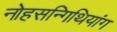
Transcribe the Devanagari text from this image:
नोहसन्गिथियांग